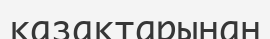
қазақтарынан